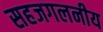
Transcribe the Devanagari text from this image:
सहजगलनीय